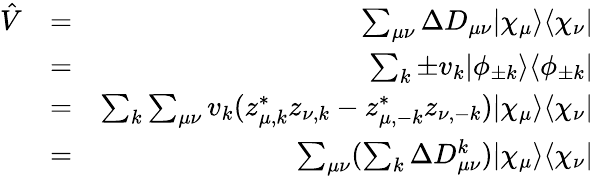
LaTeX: \begin{array}{rlr}{\hat{V}}&{=}&{\sum_{\mu\nu}\Delta D_{\mu\nu}|\chi_{\mu}\rangle\langle\chi_{\nu}|}\\ &{=}&{\sum_{k}\pm v_{k}|\phi_{\pm k}\rangle\langle\phi_{\pm k}|}\\ &{=}&{\sum_{k}\sum_{\mu\nu}v_{k}(z_{\mu,k}^{*}z_{\nu,k}-z_{\mu,-k}^{*}z_{\nu,-k})|\chi_{\mu}\rangle\langle\chi_{\nu}|}\\ &{=}&{\sum_{\mu\nu}(\sum_{k}\Delta D_{\mu\nu}^{k})|\chi_{\mu}\rangle\langle\chi_{\nu}|}\end{array}